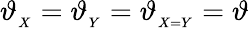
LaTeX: \vartheta_{_{X}}=\vartheta_{_{Y}}=\vartheta_{_{X=Y}}=\vartheta